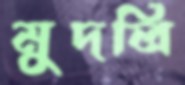
মুদলি